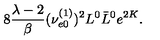
8 \frac { \lambda - 2 } { \beta } ( \nu _ { e 0 } ^ { ( 1 ) } ) ^ { 2 } L ^ { 0 } \bar { L } ^ { 0 } e ^ { 2 K } .